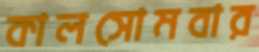
কালসোমবার